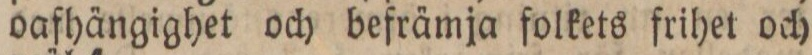
oafhängighet och befrämja folkets frihet och